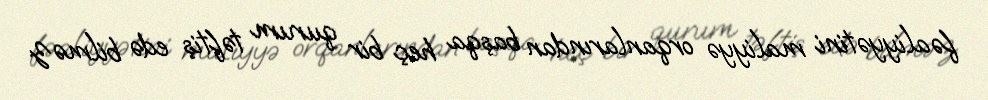
fəaliyyətini maliyyə orqanlarından başqa heç bir qurum təftiş edə bilməz.